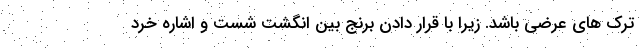
ترک های عرضی باشد. زیرا با قرار دادن برنج بین انگشت شست و اشاره خرد